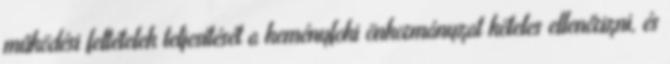
működési feltételek teljesítését a keményfoki önkormányzat köteles ellenőrizni, és